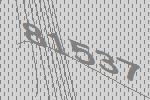
81537